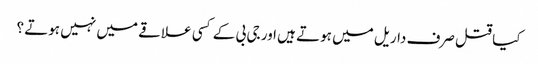
کیا قتل صرف داریل میں ہوتے ہیں اور جی بی کے کسی علاقے میں نہیں ہوتے ؟